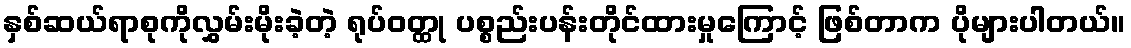
နှစ်ဆယ်ရာစုကိုလွှမ်းမိုးခဲ့တဲ့ ရုပ်ဝတ္ထု ပစ္စည်းပန်းတိုင်ထားမှုကြောင့် ဖြစ်တာက ပိုများပါတယ်။